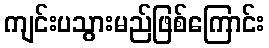
ကျင်းပသွားမည်ဖြစ်ကြောင်း